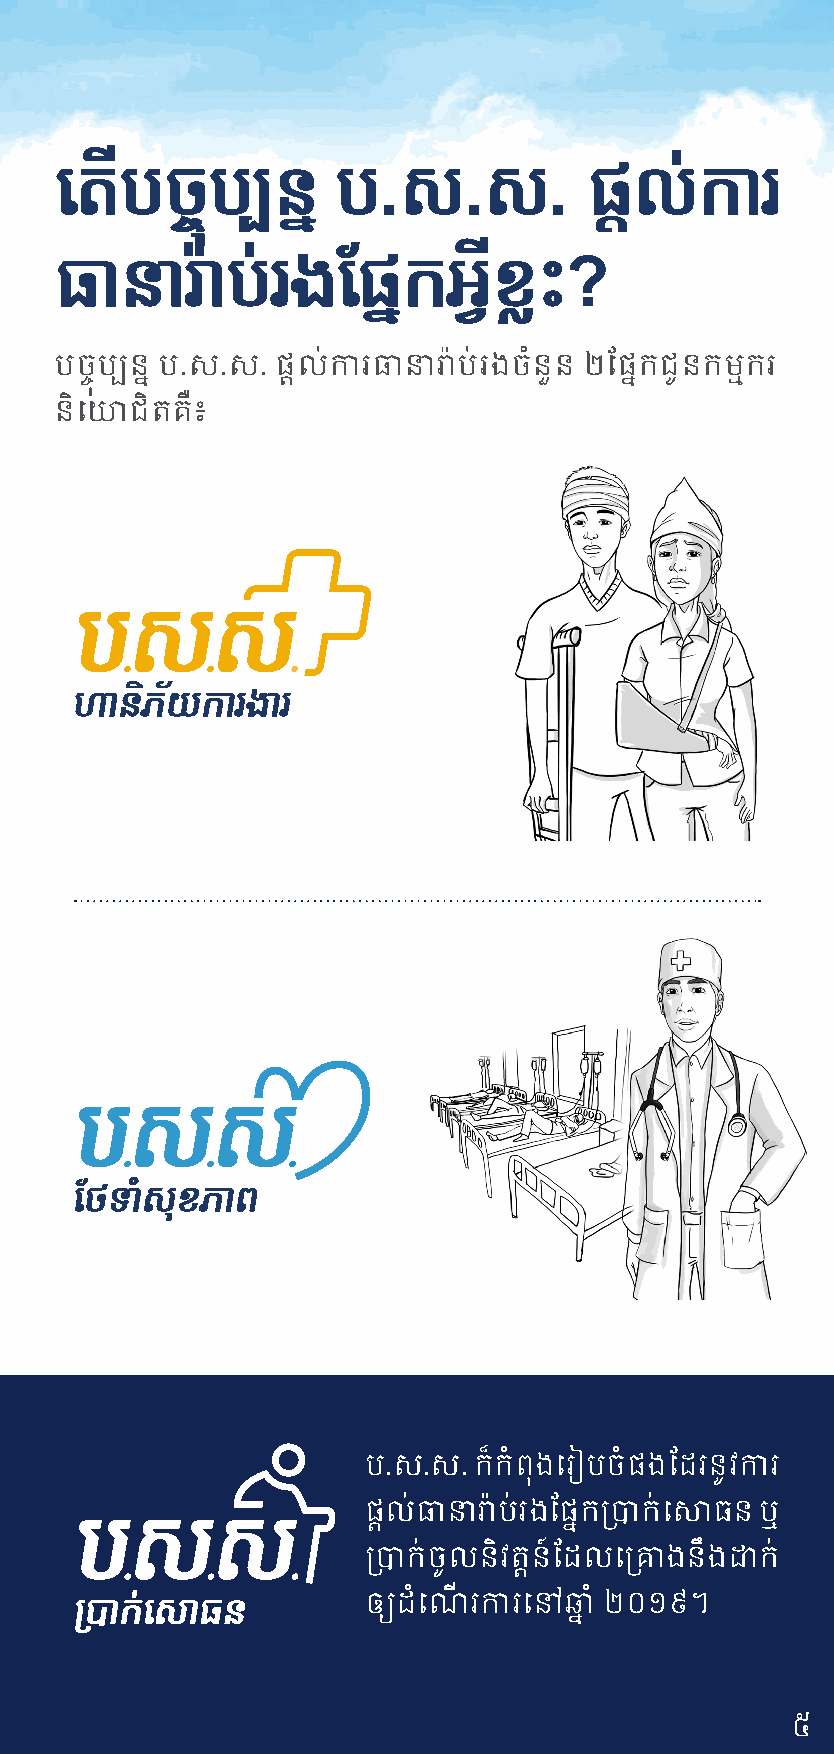
យតើបច្ចចុបចាបន្ន  ប.ស.ស.           ផ្េ់ការ
 ធានារា៉ចាប់រងនផ្នកអ្តីខ្ឹះ?
 បចប្ ្បននែ ប.េ.េ. ្តាល់ការធាន្រាៃប់រង ចំនួន ២ថ្នែកជូនកម្មករ
 នុ
 និសោជិត្ឺ៖
 ប.េ.េ. ក៏ កំព្នុងសរៀបចំ្ង ថដរនូេ ការ
 ្តាល់ធាន្ រាៃប់រងថ្នែកប្បាក់ សស្ធន ឬ
 ប្បាក់ ចូលនិេតតាន៍ថដល សប្រង នរង ោក់
 ឲ្យដំសណើ រ ការ សៅឆ្នែ ំ ២០១៩។
 ៥